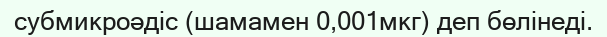
субмикроәдіс (шамамен 0,001мкг) деп бөлінеді.